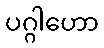
ပဂ္ဂါဟော